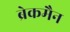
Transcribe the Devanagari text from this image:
ब्रेकमैन